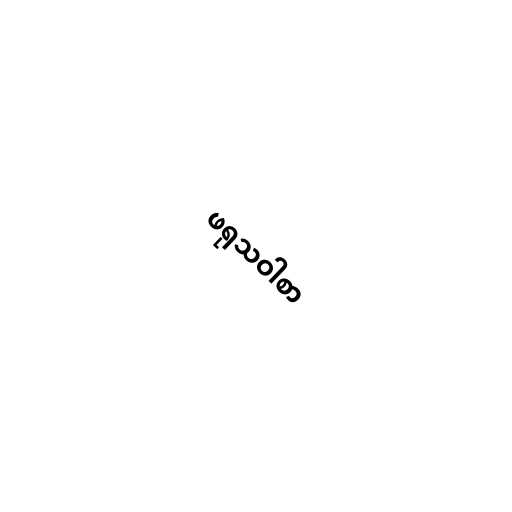
ဖရုသဝါစာ